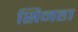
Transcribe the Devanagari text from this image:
सिनहा